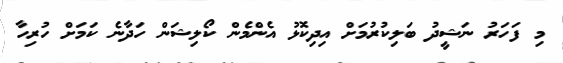
މި ފަހަރު ނަޝީދު ބަލިކުރުމަށް އިދިކޮޅު އެންމެން ކޯލިޝަން ހަދާނެ ކަމަށް ހުރިހާ